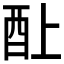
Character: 𰼃